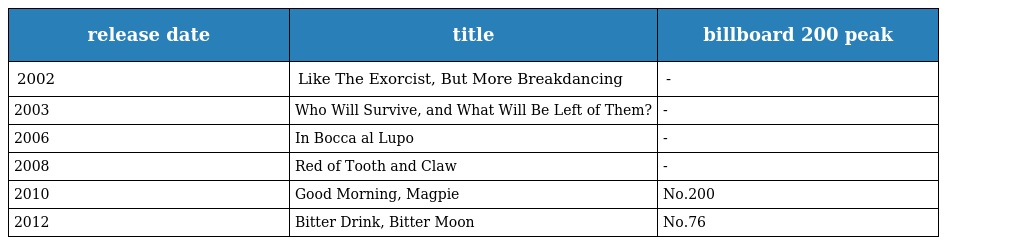
| release date | title | billboard 200 peak |
 | --- | --- | --- |
 | 2002 | Like The Exorcist, But More Breakdancing | - |
 | 2003 | Who Will Survive, and What Will Be Left of Them? | - |
 | 2006 | In Bocca al Lupo | - |
 | 2008 | Red of Tooth and Claw | - |
 | 2010 | Good Morning, Magpie | No.200 |
 | 2012 | Bitter Drink, Bitter Moon | No.76 |